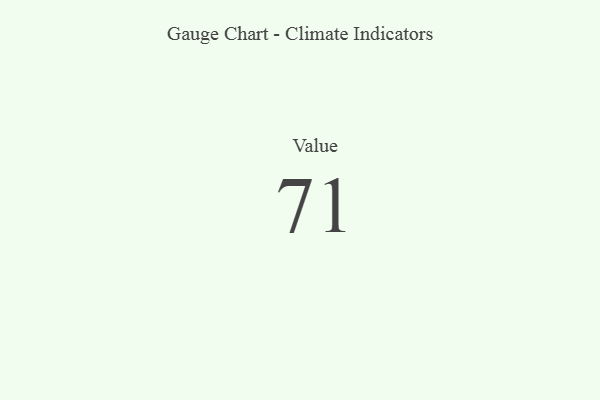
{"axis": {"x": "Metric", "y": "Value"}, "legend": [""], "data": [{"x": "Value", "y": 71, "type": ""}]}